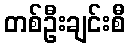
တစ်ဦးချင်းစီ